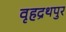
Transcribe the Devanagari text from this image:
वृहद्रथपुर